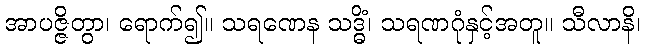
အာပဇ္ဇိတွာ၊ ရောက်၍။ သရဏေန သဒ္ဓိံ၊ သရဏဂုံနှင့်အတူ။ သီလာနိ၊